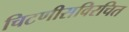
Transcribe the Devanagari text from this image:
चिटणीसविरचित